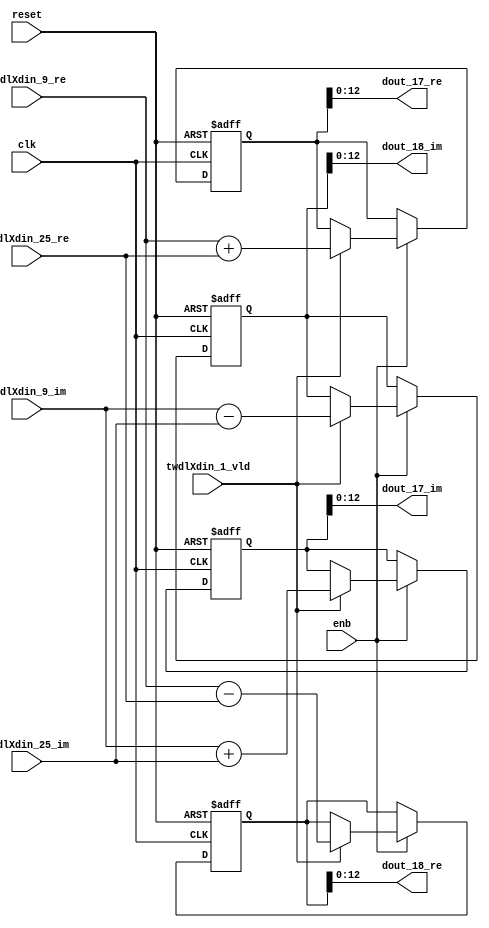
// -------------------------------------------------------------
// 
// 
// Generated by MATLAB 9.14 and HDL Coder 4.1
// 
// -------------------------------------------------------------


// -------------------------------------------------------------
// 
// Module: RADIX22FFT_SDNF1_1_block7
// Source Path: RSP/RSP/Velocity Processor/Doppler Processing/Doppler Processor/FFT/RADIX22FFT_SDNF1_1
// Hierarchy Level: 5
// 
// -------------------------------------------------------------

`timescale 1 ns / 1 ns

module RADIX22FFT_SDNF1_1_block7
          (clk,
           reset,
           enb,
           twdlXdin_9_re,
           twdlXdin_9_im,
           twdlXdin_25_re,
           twdlXdin_25_im,
           twdlXdin_1_vld,
           dout_17_re,
           dout_17_im,
           dout_18_re,
           dout_18_im);


  input   clk;
  input   reset;
  input   enb;
  input   signed [12:0] twdlXdin_9_re;  // sfix13_En10
  input   signed [12:0] twdlXdin_9_im;  // sfix13_En10
  input   signed [12:0] twdlXdin_25_re;  // sfix13_En10
  input   signed [12:0] twdlXdin_25_im;  // sfix13_En10
  input   twdlXdin_1_vld;
  output  signed [12:0] dout_17_re;  // sfix13_En10
  output  signed [12:0] dout_17_im;  // sfix13_En10
  output  signed [12:0] dout_18_re;  // sfix13_En10
  output  signed [12:0] dout_18_im;  // sfix13_En10


  reg signed [13:0] Radix22ButterflyG1_NF_btf1_re_reg;  // sfix14
  reg signed [13:0] Radix22ButterflyG1_NF_btf1_im_reg;  // sfix14
  reg signed [13:0] Radix22ButterflyG1_NF_btf2_re_reg;  // sfix14
  reg signed [13:0] Radix22ButterflyG1_NF_btf2_im_reg;  // sfix14
  reg  Radix22ButterflyG1_NF_dinXtwdl_vld_dly1;
  reg signed [13:0] Radix22ButterflyG1_NF_btf1_re_reg_next;  // sfix14_En10
  reg signed [13:0] Radix22ButterflyG1_NF_btf1_im_reg_next;  // sfix14_En10
  reg signed [13:0] Radix22ButterflyG1_NF_btf2_re_reg_next;  // sfix14_En10
  reg signed [13:0] Radix22ButterflyG1_NF_btf2_im_reg_next;  // sfix14_En10
  reg  Radix22ButterflyG1_NF_dinXtwdl_vld_dly1_next;
  reg signed [12:0] dout_17_re_1;  // sfix13_En10
  reg signed [12:0] dout_17_im_1;  // sfix13_En10
  reg signed [12:0] dout_18_re_1;  // sfix13_En10
  reg signed [12:0] dout_18_im_1;  // sfix13_En10
  reg  dout_17_vld;
  reg signed [13:0] Radix22ButterflyG1_NF_add_cast;  // sfix14_En10
  reg signed [13:0] Radix22ButterflyG1_NF_add_cast_0;  // sfix14_En10
  reg signed [13:0] Radix22ButterflyG1_NF_sub_cast;  // sfix14_En10
  reg signed [13:0] Radix22ButterflyG1_NF_sub_cast_0;  // sfix14_En10
  reg signed [13:0] Radix22ButterflyG1_NF_add_cast_1;  // sfix14_En10
  reg signed [13:0] Radix22ButterflyG1_NF_add_cast_2;  // sfix14_En10
  reg signed [13:0] Radix22ButterflyG1_NF_sub_cast_1;  // sfix14_En10
  reg signed [13:0] Radix22ButterflyG1_NF_sub_cast_2;  // sfix14_En10


  // Radix22ButterflyG1_NF
  always @(posedge clk or posedge reset)
    begin : Radix22ButterflyG1_NF_process
      if (reset == 1'b1) begin
        Radix22ButterflyG1_NF_btf1_re_reg <= 14'sb00000000000000;
        Radix22ButterflyG1_NF_btf1_im_reg <= 14'sb00000000000000;
        Radix22ButterflyG1_NF_btf2_re_reg <= 14'sb00000000000000;
        Radix22ButterflyG1_NF_btf2_im_reg <= 14'sb00000000000000;
        Radix22ButterflyG1_NF_dinXtwdl_vld_dly1 <= 1'b0;
      end
      else begin
        if (enb) begin
          Radix22ButterflyG1_NF_btf1_re_reg <= Radix22ButterflyG1_NF_btf1_re_reg_next;
          Radix22ButterflyG1_NF_btf1_im_reg <= Radix22ButterflyG1_NF_btf1_im_reg_next;
          Radix22ButterflyG1_NF_btf2_re_reg <= Radix22ButterflyG1_NF_btf2_re_reg_next;
          Radix22ButterflyG1_NF_btf2_im_reg <= Radix22ButterflyG1_NF_btf2_im_reg_next;
          Radix22ButterflyG1_NF_dinXtwdl_vld_dly1 <= Radix22ButterflyG1_NF_dinXtwdl_vld_dly1_next;
        end
      end
    end

  always @(Radix22ButterflyG1_NF_btf1_im_reg, Radix22ButterflyG1_NF_btf1_re_reg,
       Radix22ButterflyG1_NF_btf2_im_reg, Radix22ButterflyG1_NF_btf2_re_reg,
       Radix22ButterflyG1_NF_dinXtwdl_vld_dly1, twdlXdin_1_vld, twdlXdin_25_im,
       twdlXdin_25_re, twdlXdin_9_im, twdlXdin_9_re) begin
    Radix22ButterflyG1_NF_add_cast = 14'sb00000000000000;
    Radix22ButterflyG1_NF_add_cast_0 = 14'sb00000000000000;
    Radix22ButterflyG1_NF_sub_cast = 14'sb00000000000000;
    Radix22ButterflyG1_NF_sub_cast_0 = 14'sb00000000000000;
    Radix22ButterflyG1_NF_add_cast_1 = 14'sb00000000000000;
    Radix22ButterflyG1_NF_add_cast_2 = 14'sb00000000000000;
    Radix22ButterflyG1_NF_sub_cast_1 = 14'sb00000000000000;
    Radix22ButterflyG1_NF_sub_cast_2 = 14'sb00000000000000;
    Radix22ButterflyG1_NF_btf1_re_reg_next = Radix22ButterflyG1_NF_btf1_re_reg;
    Radix22ButterflyG1_NF_btf1_im_reg_next = Radix22ButterflyG1_NF_btf1_im_reg;
    Radix22ButterflyG1_NF_btf2_re_reg_next = Radix22ButterflyG1_NF_btf2_re_reg;
    Radix22ButterflyG1_NF_btf2_im_reg_next = Radix22ButterflyG1_NF_btf2_im_reg;
    Radix22ButterflyG1_NF_dinXtwdl_vld_dly1_next = twdlXdin_1_vld;
    if (twdlXdin_1_vld) begin
      Radix22ButterflyG1_NF_add_cast = {twdlXdin_9_re[12], twdlXdin_9_re};
      Radix22ButterflyG1_NF_add_cast_0 = {twdlXdin_25_re[12], twdlXdin_25_re};
      Radix22ButterflyG1_NF_btf1_re_reg_next = Radix22ButterflyG1_NF_add_cast + Radix22ButterflyG1_NF_add_cast_0;
      Radix22ButterflyG1_NF_sub_cast = {twdlXdin_9_re[12], twdlXdin_9_re};
      Radix22ButterflyG1_NF_sub_cast_0 = {twdlXdin_25_re[12], twdlXdin_25_re};
      Radix22ButterflyG1_NF_btf2_re_reg_next = Radix22ButterflyG1_NF_sub_cast - Radix22ButterflyG1_NF_sub_cast_0;
      Radix22ButterflyG1_NF_add_cast_1 = {twdlXdin_9_im[12], twdlXdin_9_im};
      Radix22ButterflyG1_NF_add_cast_2 = {twdlXdin_25_im[12], twdlXdin_25_im};
      Radix22ButterflyG1_NF_btf1_im_reg_next = Radix22ButterflyG1_NF_add_cast_1 + Radix22ButterflyG1_NF_add_cast_2;
      Radix22ButterflyG1_NF_sub_cast_1 = {twdlXdin_9_im[12], twdlXdin_9_im};
      Radix22ButterflyG1_NF_sub_cast_2 = {twdlXdin_25_im[12], twdlXdin_25_im};
      Radix22ButterflyG1_NF_btf2_im_reg_next = Radix22ButterflyG1_NF_sub_cast_1 - Radix22ButterflyG1_NF_sub_cast_2;
    end
    dout_17_re_1 = Radix22ButterflyG1_NF_btf1_re_reg[12:0];
    dout_17_im_1 = Radix22ButterflyG1_NF_btf1_im_reg[12:0];
    dout_18_re_1 = Radix22ButterflyG1_NF_btf2_re_reg[12:0];
    dout_18_im_1 = Radix22ButterflyG1_NF_btf2_im_reg[12:0];
    dout_17_vld = Radix22ButterflyG1_NF_dinXtwdl_vld_dly1;
  end



  assign dout_17_re = dout_17_re_1;

  assign dout_17_im = dout_17_im_1;

  assign dout_18_re = dout_18_re_1;

  assign dout_18_im = dout_18_im_1;

endmodule  // RADIX22FFT_SDNF1_1_block7